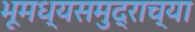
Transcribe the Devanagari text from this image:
भूमध्यसमुद्राच्या